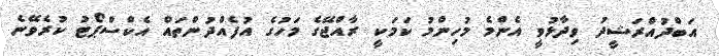
އަބްދުއްރަޝީދު ވިދާޅުވީ އެންމެ މުހިންމު ކަމަކީ ރާއްޖޭގެ މަހުގެ އުފެއްދުންތައް އެކްސްޕޯޓު ކުރެވޭނެ